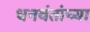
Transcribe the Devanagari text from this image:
धनवंतांच्या